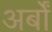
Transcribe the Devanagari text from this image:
अर्बों